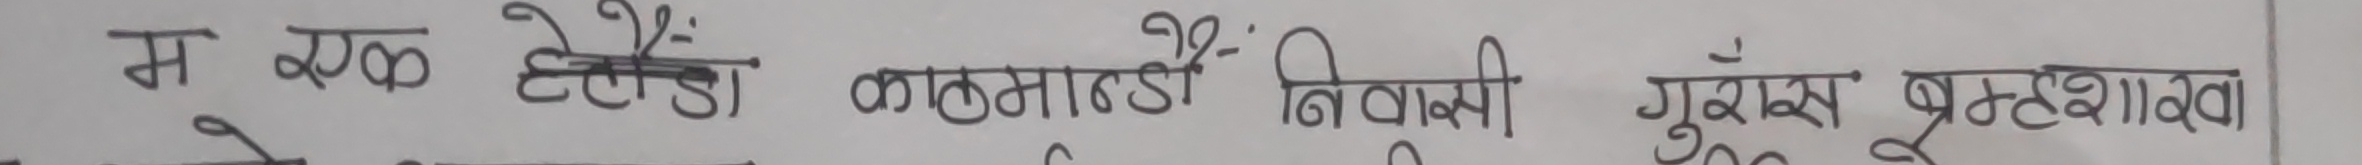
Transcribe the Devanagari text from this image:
म एक हेटौडाँ काठमाण्डौँ निवासी सुरेश बृहतशाखा